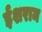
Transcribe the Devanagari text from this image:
ईशराम